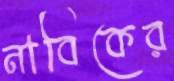
নাবিকের